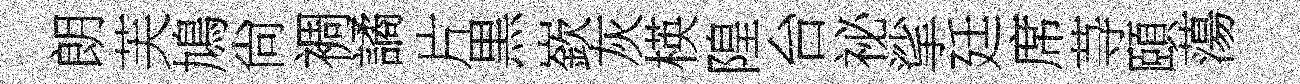
朗芙鳩尙裯譎片黒嶔灰楧隍台祕挲廷席䒭頤蕩